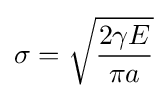
\sigma ={\sqrt {\frac {2\gamma E}{\pi a}}}